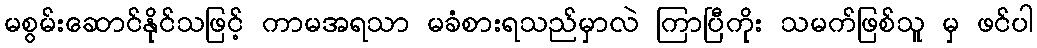
မစွမ်းဆောင်နိုင်သဖြင့် ကာမအရသာ မခံစားရသည်မှာလဲ ကြာပြီကိုး သမက်ဖြစ်သူ မှ ဖင်ပါ